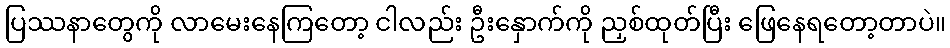
ပြဿနာတွေကို လာမေးနေကြတော့ ငါလည်း ဦးနှောက်ကို ညှစ်ထုတ်ပြီး ဖြေနေရတော့တာပဲ။